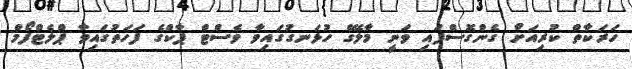
ހަރަކާތް ކުރިއަށް ގެންގޮސްފައި ވަނީ މާލޭގެ ހުޅަނގުގައިވާ ވެސްޓް ޕާކްގެ ފަހަތުގައިވާ ޕްލެޓްފޯމް